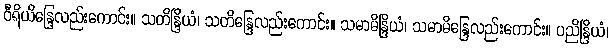
ဝီရိယိန္ဒြေလည်းကောင်း။ သတိန္ဒြိယံ၊ သတိန္ဒြေလည်းကောင်း။ သမာဓိန္ဒြိယံ၊ သမာဓိန္ဒြေလည်းကောင်း။ ပညိန္ဒြိယံ၊